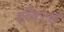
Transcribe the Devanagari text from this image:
इरेक्टर्स